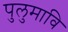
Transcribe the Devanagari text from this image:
पुलुमावि